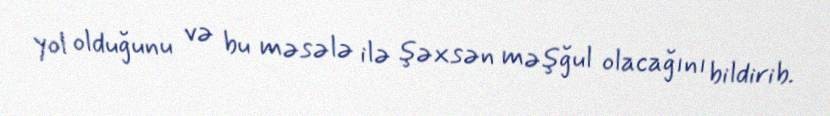
yol olduğunu və bu məsələ ilə şəxsən məşğul olacağını bildirib.